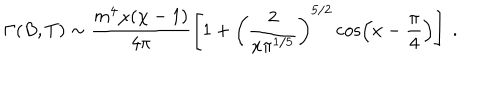
\Gamma ( B , T ) \sim \frac { m ^ { 4 } \chi ( \chi - 1 ) } { 4 \pi } \left[ 1 + \left( \frac { 2 } { x \pi ^ { 1 / 5 } } \right) ^ { 5 / 2 } \cos \left( x - \frac { \pi } { 4 } \right) \right] ~ .